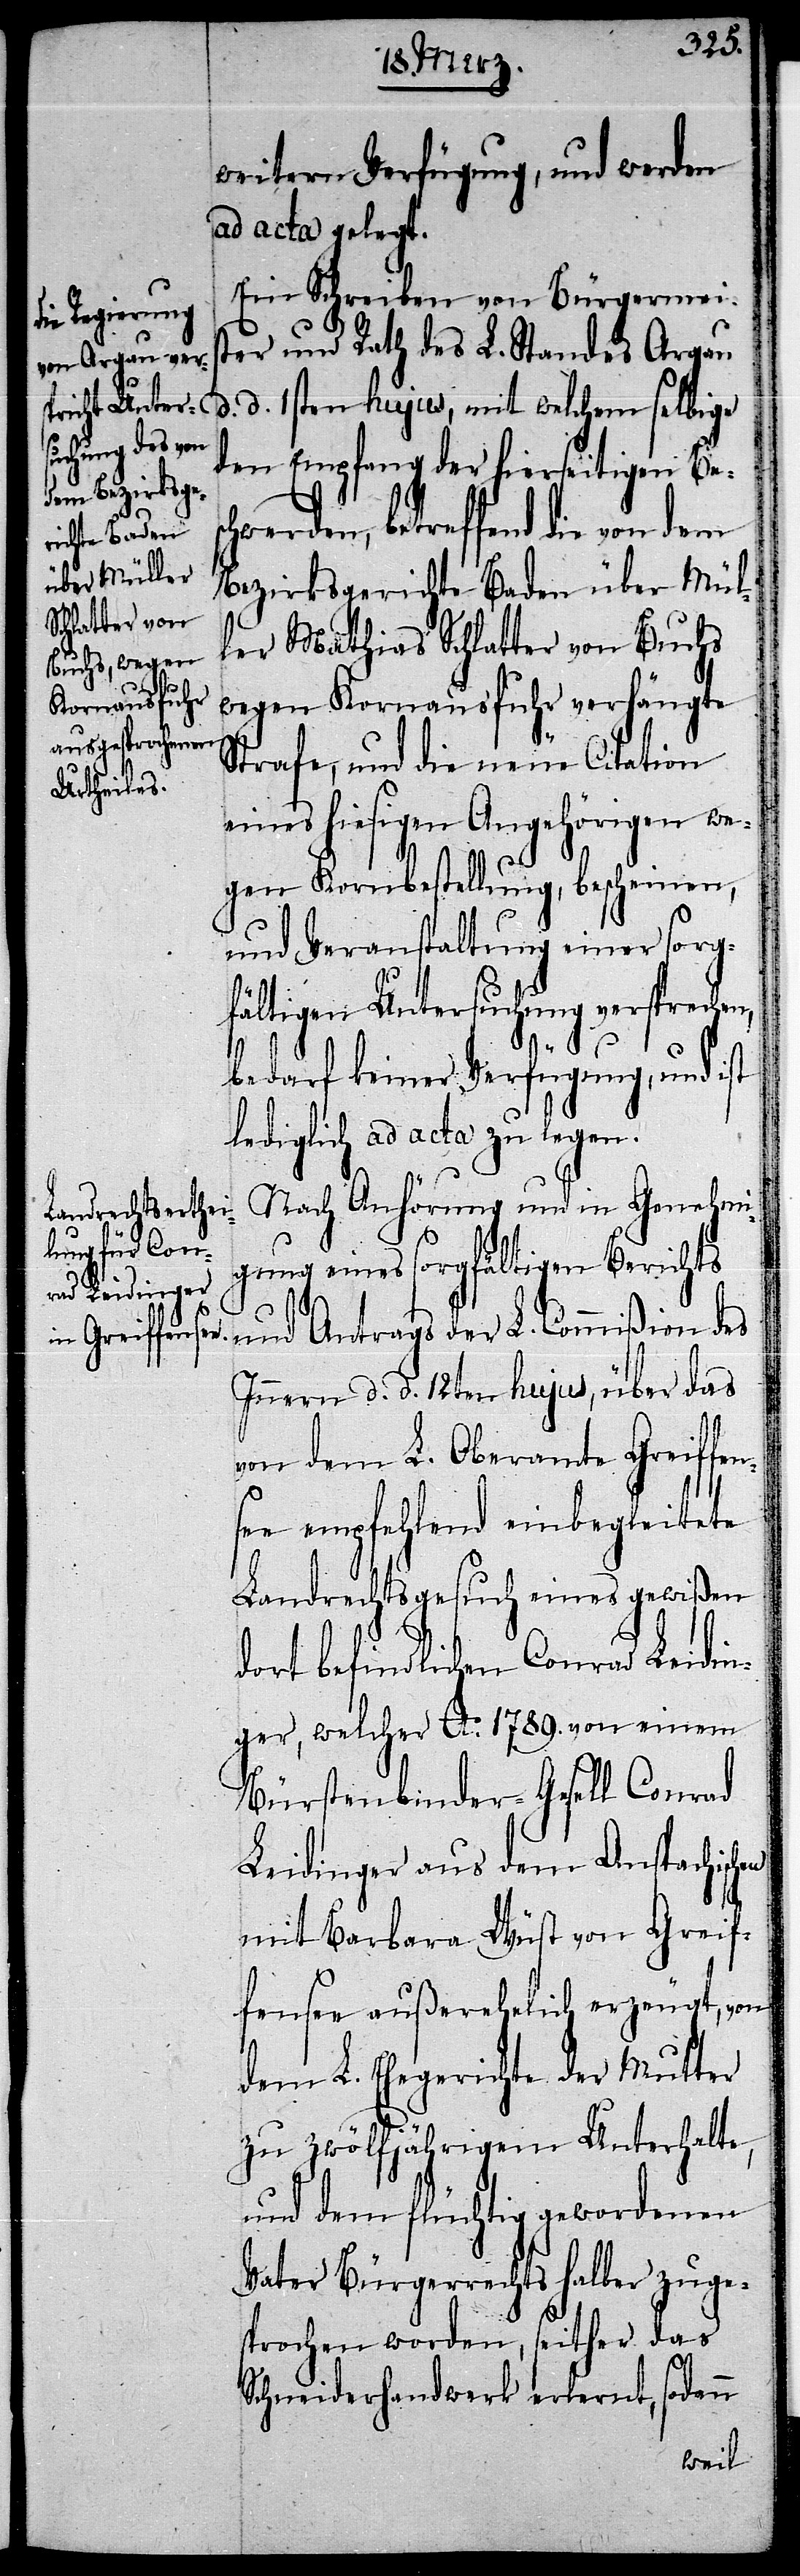
weitern Verfügung, und werden
ad acta gelegt.
Ein Schreiben von Bürgermeis¬
ter und Rath des L. Standes Argau
d. d. 1sten hujus, mit welchem selbige
den Empfang der hierseitigen Bes¬
chwerden, betreffend die von dem
Bezirksgerichte Baden über Mül¬
ler Mathias Schlatter von Buchs
wegen Kornausfuhr verhängte
Strafe, und die neue Citation
eines hiesigen Angehörigen we¬
gen Kornbestellung, bescheinen,
und Veranstaltung einer sorg¬
fältigen Untersuchung versprechen,
bedarf keiner Verfügung, und ist
lediglich ad acta zu legen.
Nach Anhörung und in Genehmi¬
gung eines sorgfältigen Berichts
und Antrags der L. Commißion des
Innern d. d. 12ten hujus, über das
von dem L. Oberamte Greiffen¬
see empfehlend einbegleitete
Landrechtsgesuch eines gewißen
dort befindlichen Conrad Leidin¬
ger, welcher Ao. 1789. von einem
Leidinger aus dem Anspachischen
mit Barbara Wüst von Greif¬
fensee außerehelich erzeugt, von
dem L. Ehegerichte der Mutter
zu zwölfjährigem Unterhalte,
und dem flüchtig gewordenen
Vater Bürgerrechts halber zuge¬
sprochen worden, seither das
Schneiderhandwerk erlernt, sodann